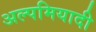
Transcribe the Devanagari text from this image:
अल्पमियादी